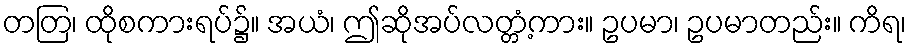
တတြ၊ ထိုစကားရပ်၌။ အယံ၊ ဤဆိုအပ်လတ္တံ့ကား။ ဥပမာ၊ ဥပမာတည်း။ ကိရ၊